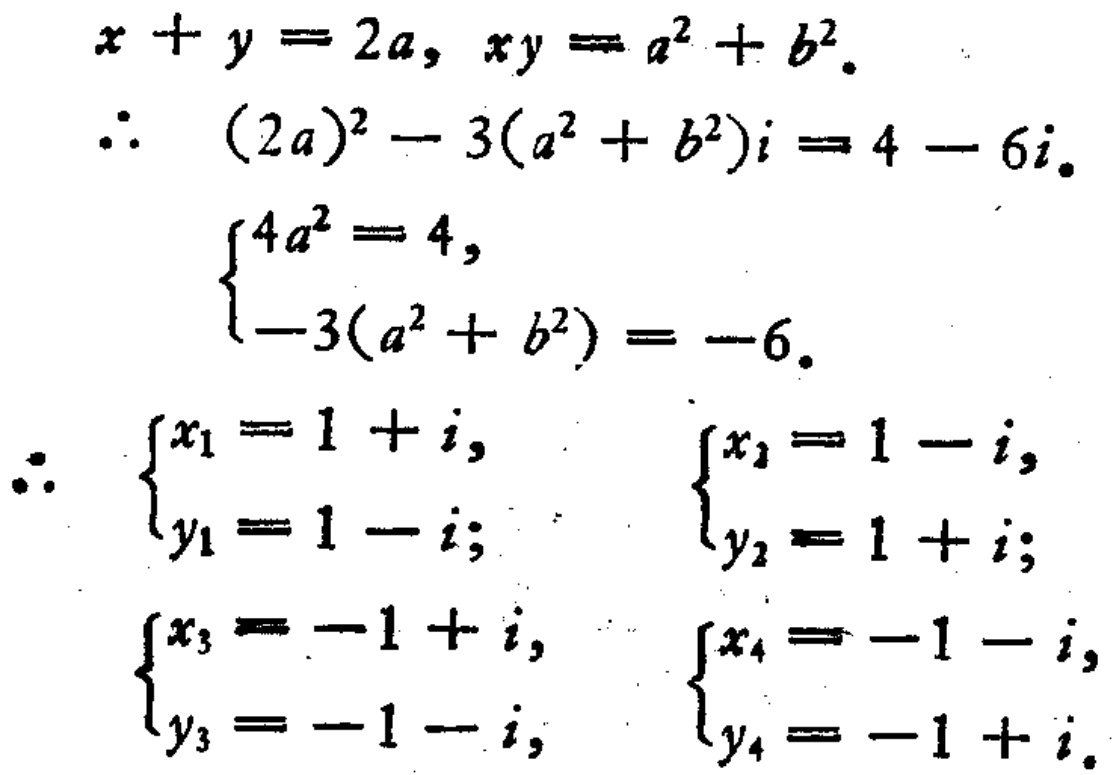
\[

\begin{align*}

x + y &= 2a, \ xy = a^{2}+b^{2}.\\

\therefore\quad (2a)^{2}-3(a^{2}+b^{2})i&= 4 - 6i.\\

\begin{cases}

4a^{2}=4,\\

-3(a^{2}+b^{2})=-6.

\end{cases}\\

\therefore\quad

\begin{cases}

x_{1}=1 + i,\\

y_{1}=1 - i;

\end{cases}

\quad

\begin{cases}

x_{2}=1 - i,\\

y_{2}=1 + i;

\end{cases}\\

\begin{cases}

x_{3}=-1 + i,\\

y_{3}=-1 - i,

\end{cases}

\quad

\begin{cases}

x_{4}=-1 - i,\\

y_{4}=-1 + i.

\end{cases}

\end{align*}

\]